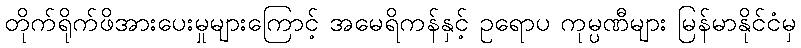
တိုက်ရိုက်ဖိအားပေးမှုများကြောင့် အမေရိကန်နှင့် ဥရောပ ကုမ္ပဏီများ မြန်မာနိုင်ငံမှ